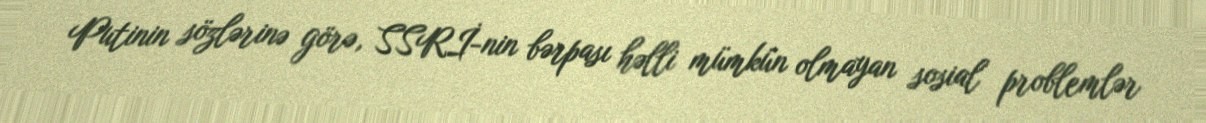
Putinin sözlərinə görə, SSRİ-nin bərpası həlli mümkün olmayan sosial problemlər